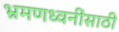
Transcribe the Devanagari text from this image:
भ्रमणध्वनींसाठी